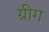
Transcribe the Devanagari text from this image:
ग्रीग